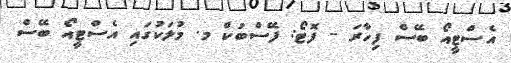
އެސްޓީއޯ ބޭސް ފިހާރަ - ފޮޓޯ: ފޭސްބުކް މ. މުލަކުގައި އެސްޓީއޯ ބޭސް